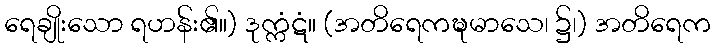
ရေချိုးသော ရဟန်း၏။) ဒုက္ကံဋံ။ (အတိရေကဍ္ဎမာသေ၊ ၌၊) အတိရေက